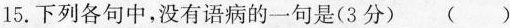
15.下列各句中，没有语病的一句是(3分) ( )